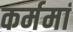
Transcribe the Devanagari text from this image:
कर्ममां